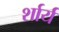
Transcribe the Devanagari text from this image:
र्शार्य